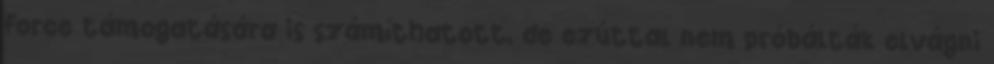
Force támogatására is számíthatott, de ezúttal nem próbálták elvágni